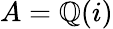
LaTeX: A=\mathbb{Q}(i)